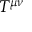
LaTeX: T ^ { \mu \nu }